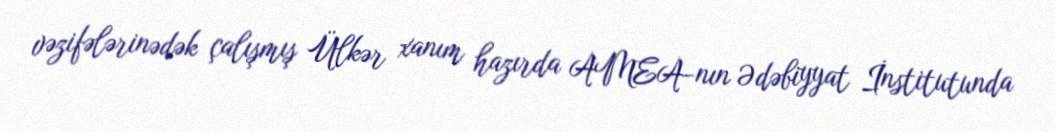
vəzifələrinədək çalışmış Ülkər xanım hazırda AMEA-nın Ədəbiyyat İnstitutunda